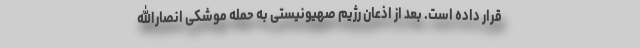
قرار داده است. بعد از اذعان رژیم صهیونیستی به حمله موشکی انصارالله